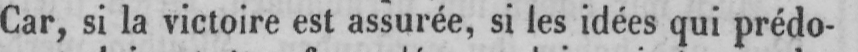
Car, si la victoire est assurée, si les idées qui prédo-